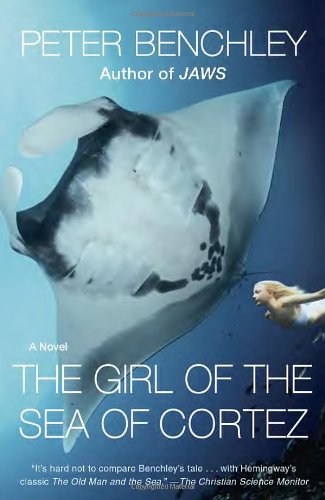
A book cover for The Girl of the Sea of Cortez: A Novel; Peter Benchley; Literature & Fiction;